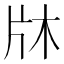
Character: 𭷉